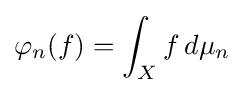
\varphi _{n}(f)=\int _{X}f\,d\mu _{n}